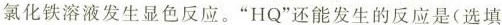
氯化铁溶液发生显色反应。”HQ”还能发生的反应是(选填